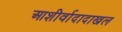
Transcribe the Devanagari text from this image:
आशीर्वादादाखल